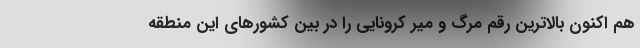
هم اکنون بالاترین رقم مرگ و میر کرونایی را در بین کشورهای این منطقه